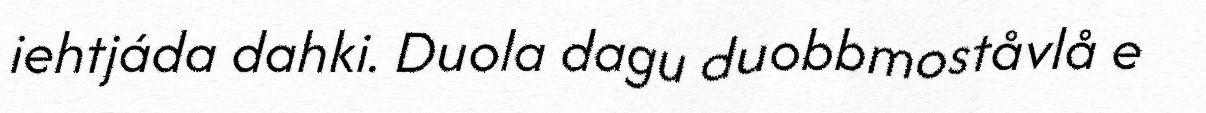
iehtjáda dahki. Duola dagu duobbmoståvlå e